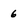
Character: 6